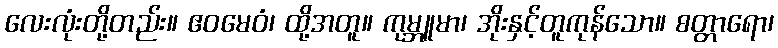
လေးလုံးတို့တည်း။ ဧဝမေဝံ၊ ထို့အတူ။ ကုမ္ဘူမာ၊ အိုးနှင့်တူကုန်သော။ စတ္တာရော၊